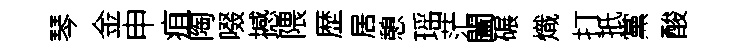
琴金申疽陶啜撼隈歴居憩瑶茫闔碾熾打扺黨酸